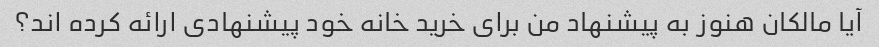
آیا مالکان هنوز به پیشنهاد من برای خرید خانه خود پیشنهادی ارائه کرده اند؟